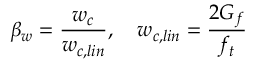
\beta _ { w } = \frac { w _ { c } } { w _ { c , l i n } } , \quad w _ { c , l i n } = \frac { 2 G _ { f } } { f _ { t } }